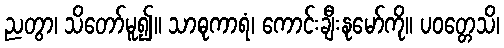
ညတွာ၊ သိတော်မူ၍။ သာဓုကာရံ၊ ကောင်းချီးနုမော်ကို။ ပဝတ္တေသိ၊